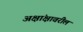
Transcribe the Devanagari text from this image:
अक्षांक्षावरील